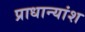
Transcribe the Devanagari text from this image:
प्राधान्यांश